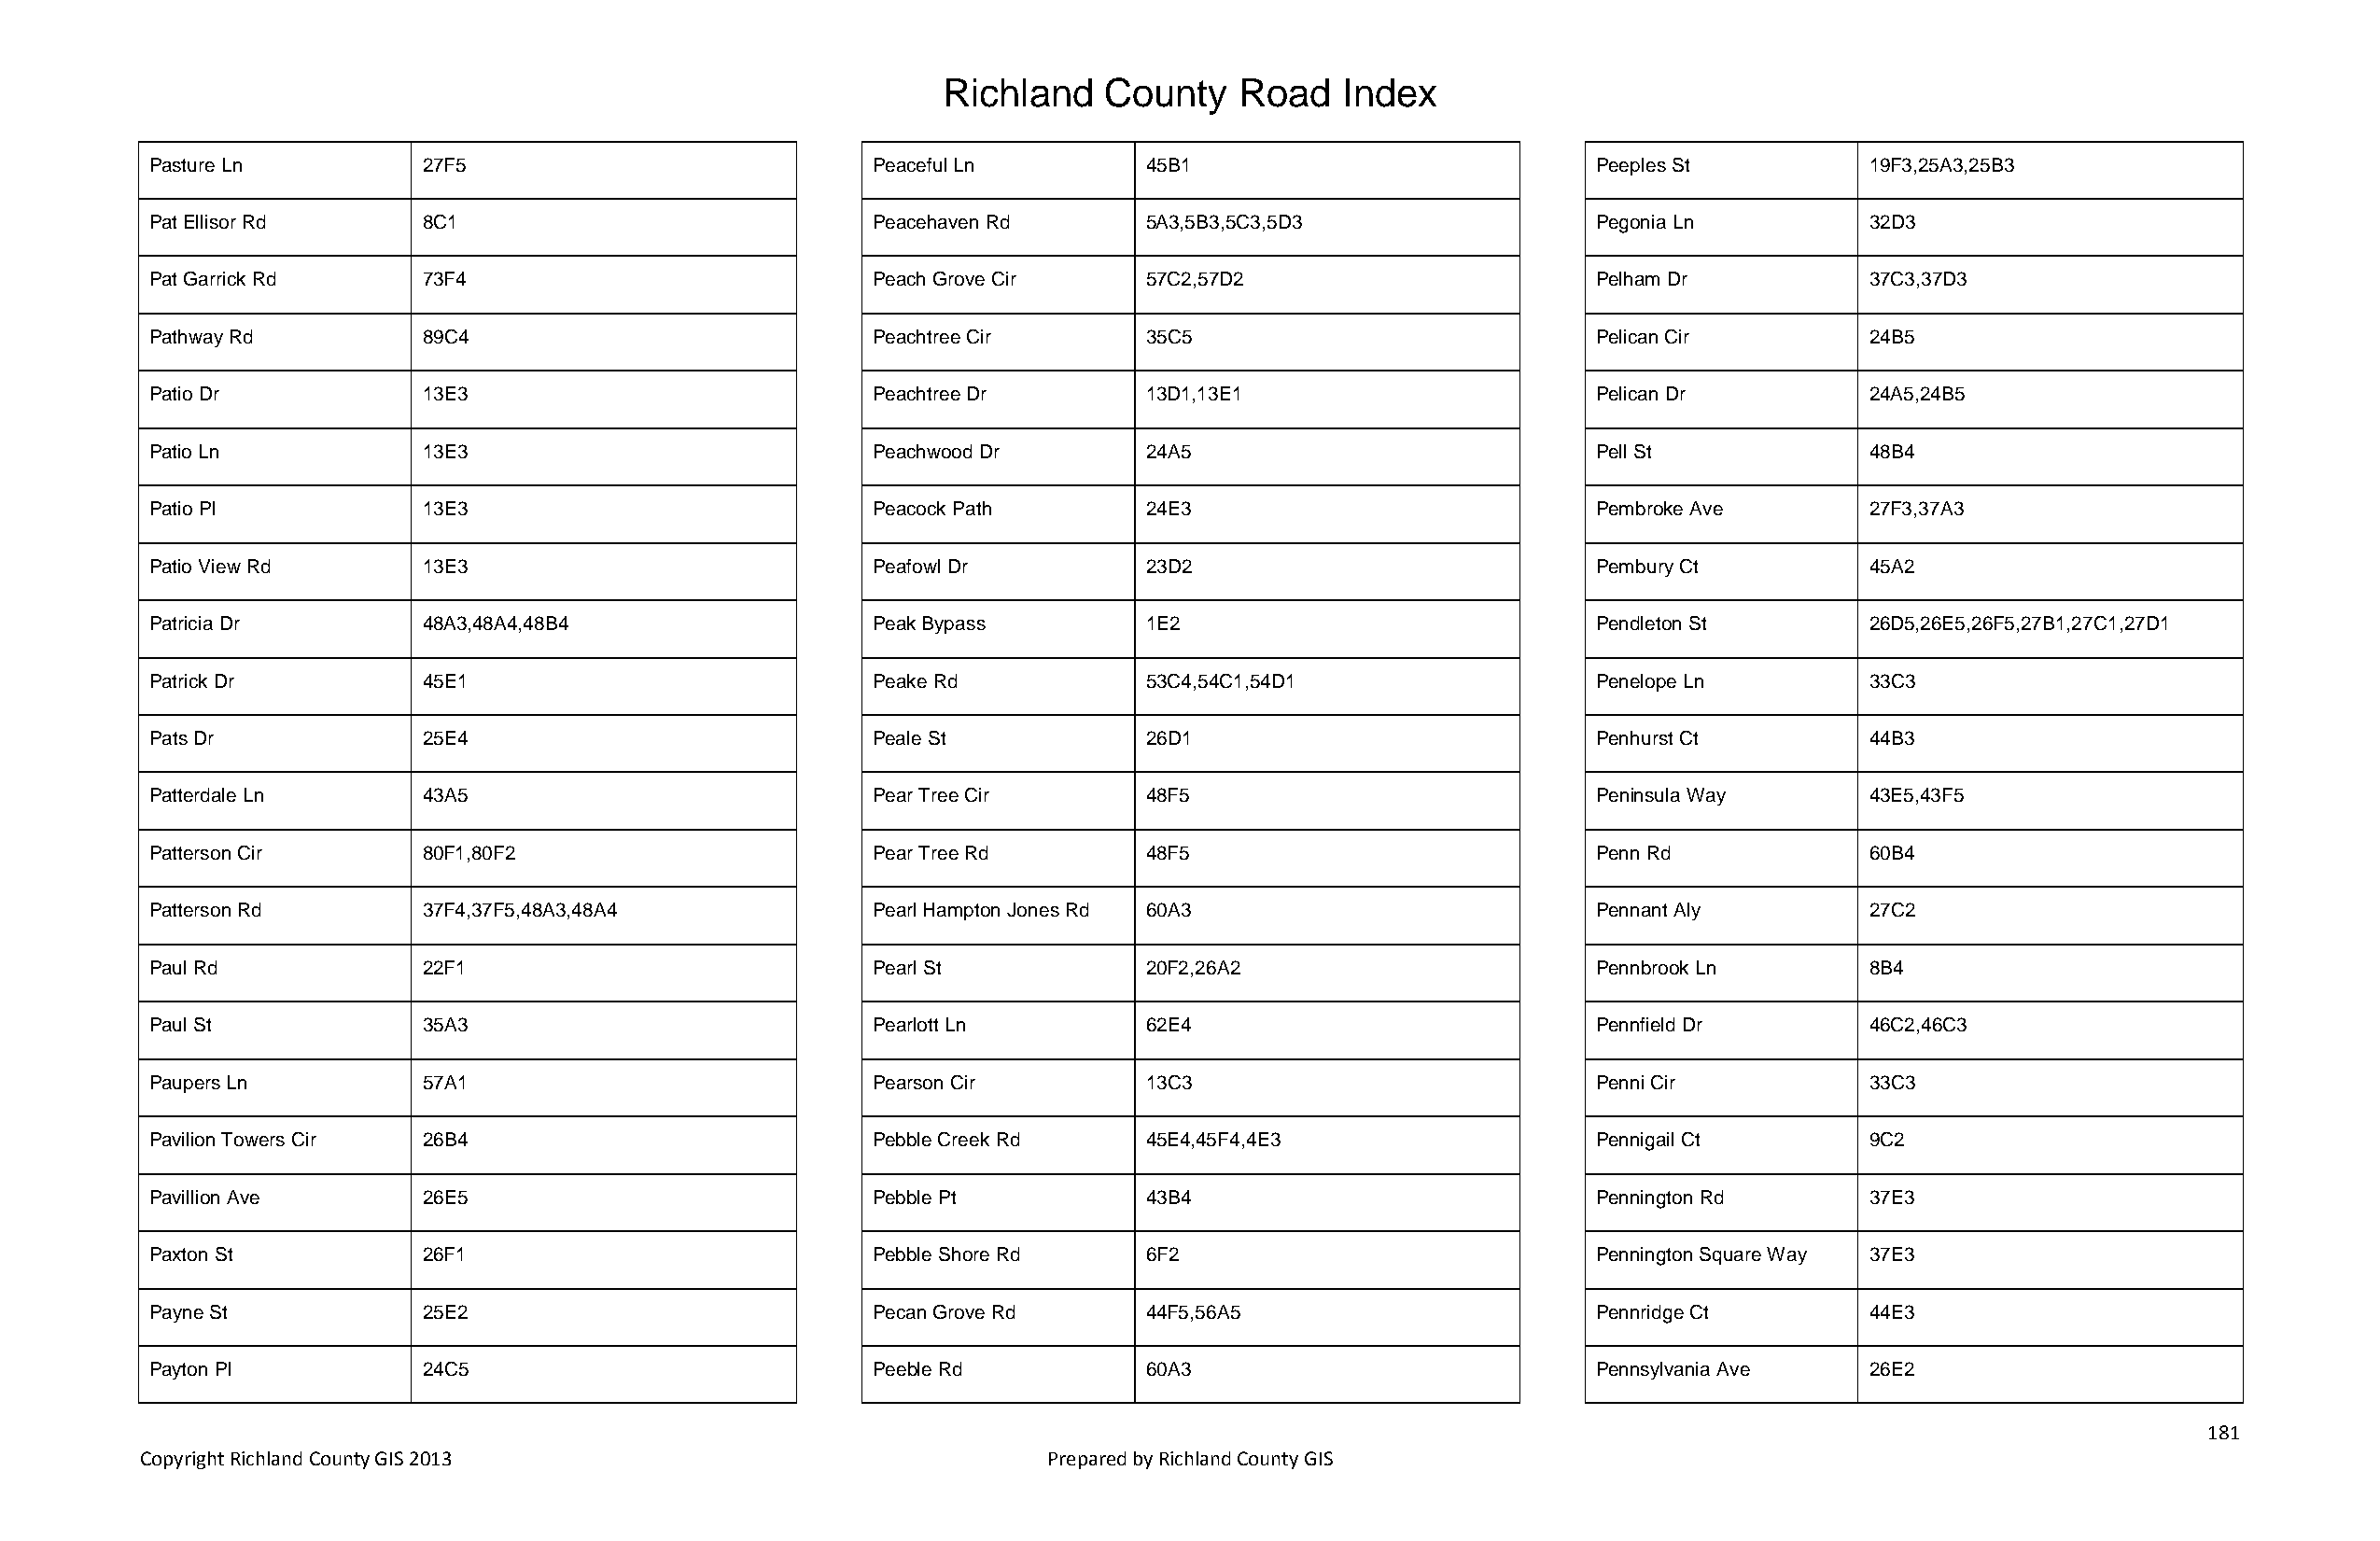
Richland   County    Road   Index
 Pasture Ln         27F5                            Peaceful Ln        45B1                            Peeples St          19F3,25A3,25B3
 Pat Ellisor Rd     8C1                             Peacehaven Rd      5A3,5B3,5C3,5D3                 Pegonia Ln          32D3
 Pat Garrick Rd     73F4                            Peach Grove Cir    57C2,57D2                       Pelham Dr           37C3,37D3
 Pathway Rd         89C4                            Peachtree Cir      35C5                            Pelican Cir         24B5
 Patio Dr           13E3                            Peachtree Dr       13D1,13E1                       Pelican Dr          24A5,24B5
 Patio Ln           13E3                            Peachwood Dr       24A5                            Pell St             48B4
 Patio Pl           13E3                            Peacock Path       24E3                            Pembroke Ave        27F3,37A3
 Patio View Rd      13E3                            Peafowl Dr         23D2                            Pembury Ct          45A2
 Patricia Dr        48A3,48A4,48B4                  Peak Bypass        1E2                             Pendleton St        26D5,26E5,26F5,27B1,27C1,27D1
 Patrick Dr         45E1                            Peake Rd           53C4,54C1,54D1                  Penelope Ln         33C3
 Pats Dr            25E4                            Peale St           26D1                            Penhurst Ct         44B3
 Patterdale Ln      43A5                            Pear Tree Cir      48F5                            Peninsula Way       43E5,43F5
 Patterson Cir      80F1,80F2                       Pear Tree Rd       48F5                            Penn Rd             60B4
 Patterson Rd       37F4,37F5,48A3,48A4             Pearl Hampton Jones Rd 60A3                        Pennant Aly         27C2
 Paul Rd            22F1                            Pearl St           20F2,26A2                       Pennbrook Ln        8B4
 Paul St            35A3                            Pearlott Ln        62E4                            Pennfield Dr        46C2,46C3
 Paupers Ln         57A1                            Pearson Cir        13C3                            Penni Cir           33C3
 Pavilion Towers Cir 26B4                           Pebble Creek Rd    45E4,45F4,4E3                   Pennigail Ct        9C2
 Pavillion Ave      26E5                            Pebble Pt          43B4                            Pennington Rd       37E3
 Paxton St          26F1                            Pebble Shore Rd    6F2                             Pennington Square Way 37E3
 Payne St           25E2                            Pecan Grove Rd     44F5,56A5                       Pennridge Ct        44E3
 Payton Pl          24C5                            Peeble Rd          60A3                            Pennsylvania Ave    26E2
 181
 Copyright Richland County GIS 2013                              Prepared by Richland County GIS